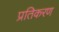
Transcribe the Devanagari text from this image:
प्रतिकरण